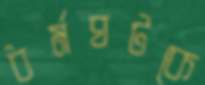
ধর্মঘটকে